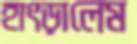
হাৎড়ালেম